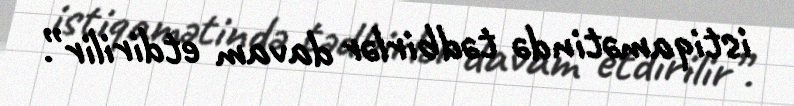
istiqamətində tədbirlər davam etdirilir”.